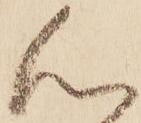
心